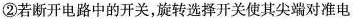
②若断开电路中的开关，旋转选择开关使其尖端对准电